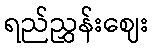
ရည်ညွှန်းဈေး